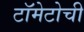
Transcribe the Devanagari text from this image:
टॉमेटोची